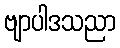
ဗျာပါဒသညာ